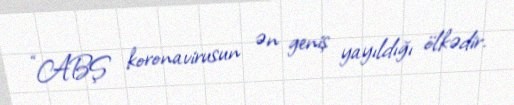
“ABŞ koronavirusun ən geniş yayıldığı ölkədir.